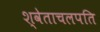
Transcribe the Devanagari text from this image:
श्वेताचलपति